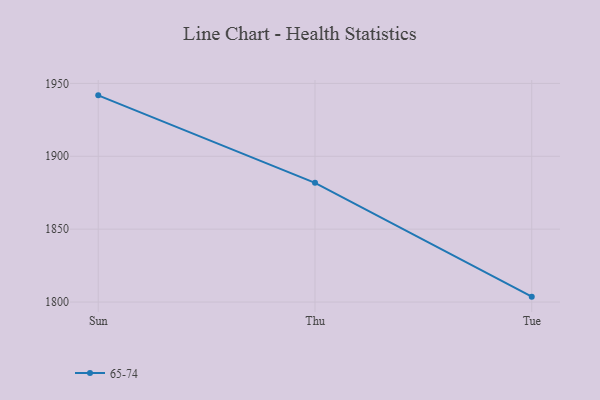
{"axis": {"x": "Day", "y": "Website Visitors"}, "legend": ["65-74"], "data": [{"x": "Sun", "y": 1941.8, "type": "65-74"}, {"x": "Thu", "y": 1881.8, "type": "65-74"}, {"x": "Tue", "y": 1803.7, "type": "65-74"}]}